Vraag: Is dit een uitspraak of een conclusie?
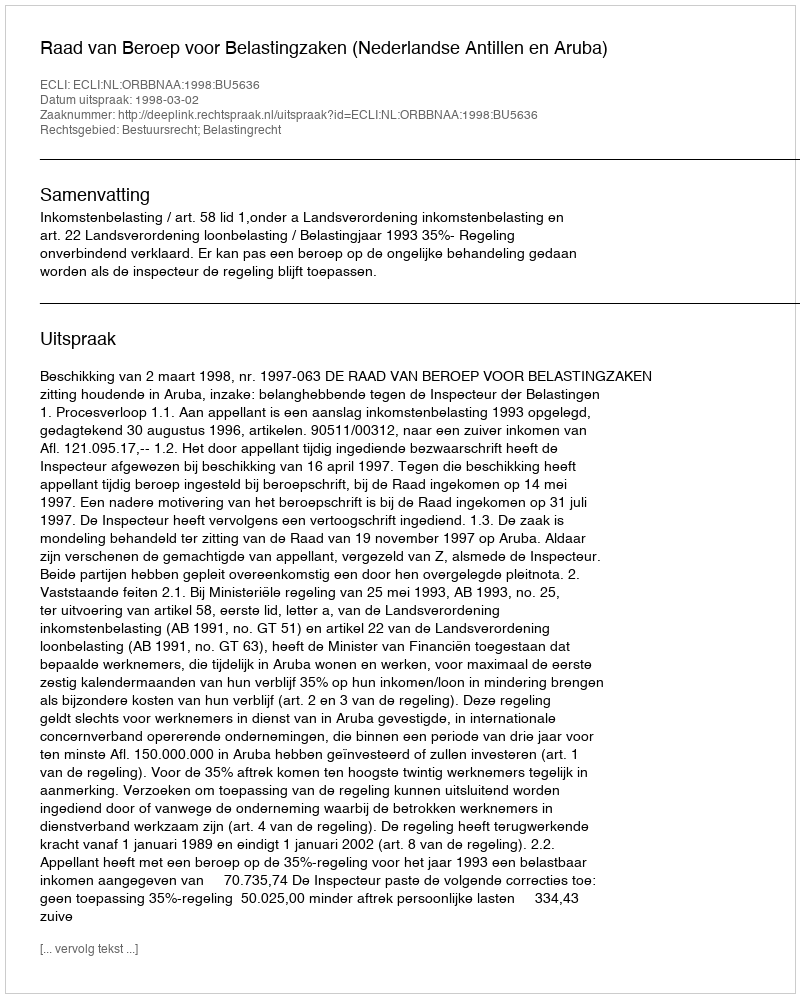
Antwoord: Uitspraak